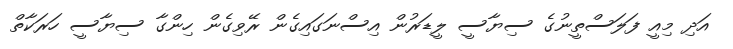
އަދި މިއީ ފަލަސްތީނުގެ ސިޔާސީ ލީޑަރުން އިސްނަގައިގެން ރޭވިގެން ހިންގާ ސިޔާސީ ހަރަކާތް